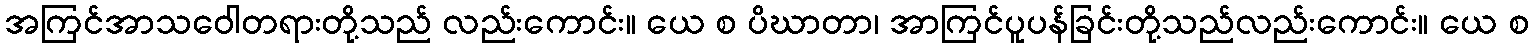
အကြင်အာသဝေါတရားတို့သည် လည်းကောင်း။ ယေ စ ပိဃာတာ၊ အာကြင်ပူပန်ခြင်းတို့သည်လည်းကောင်း။ ယေ စ